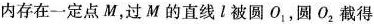
内存在一定点M，过M的直线l被圆O_{1}，圆O_{2}截得